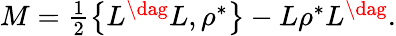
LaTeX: \begin{array}{r}{M=\frac{1}{2}\left\{ L^{\dag}L,\rho^{*}\right\} -L\rho^{*}L^{\dag}.}\end{array}